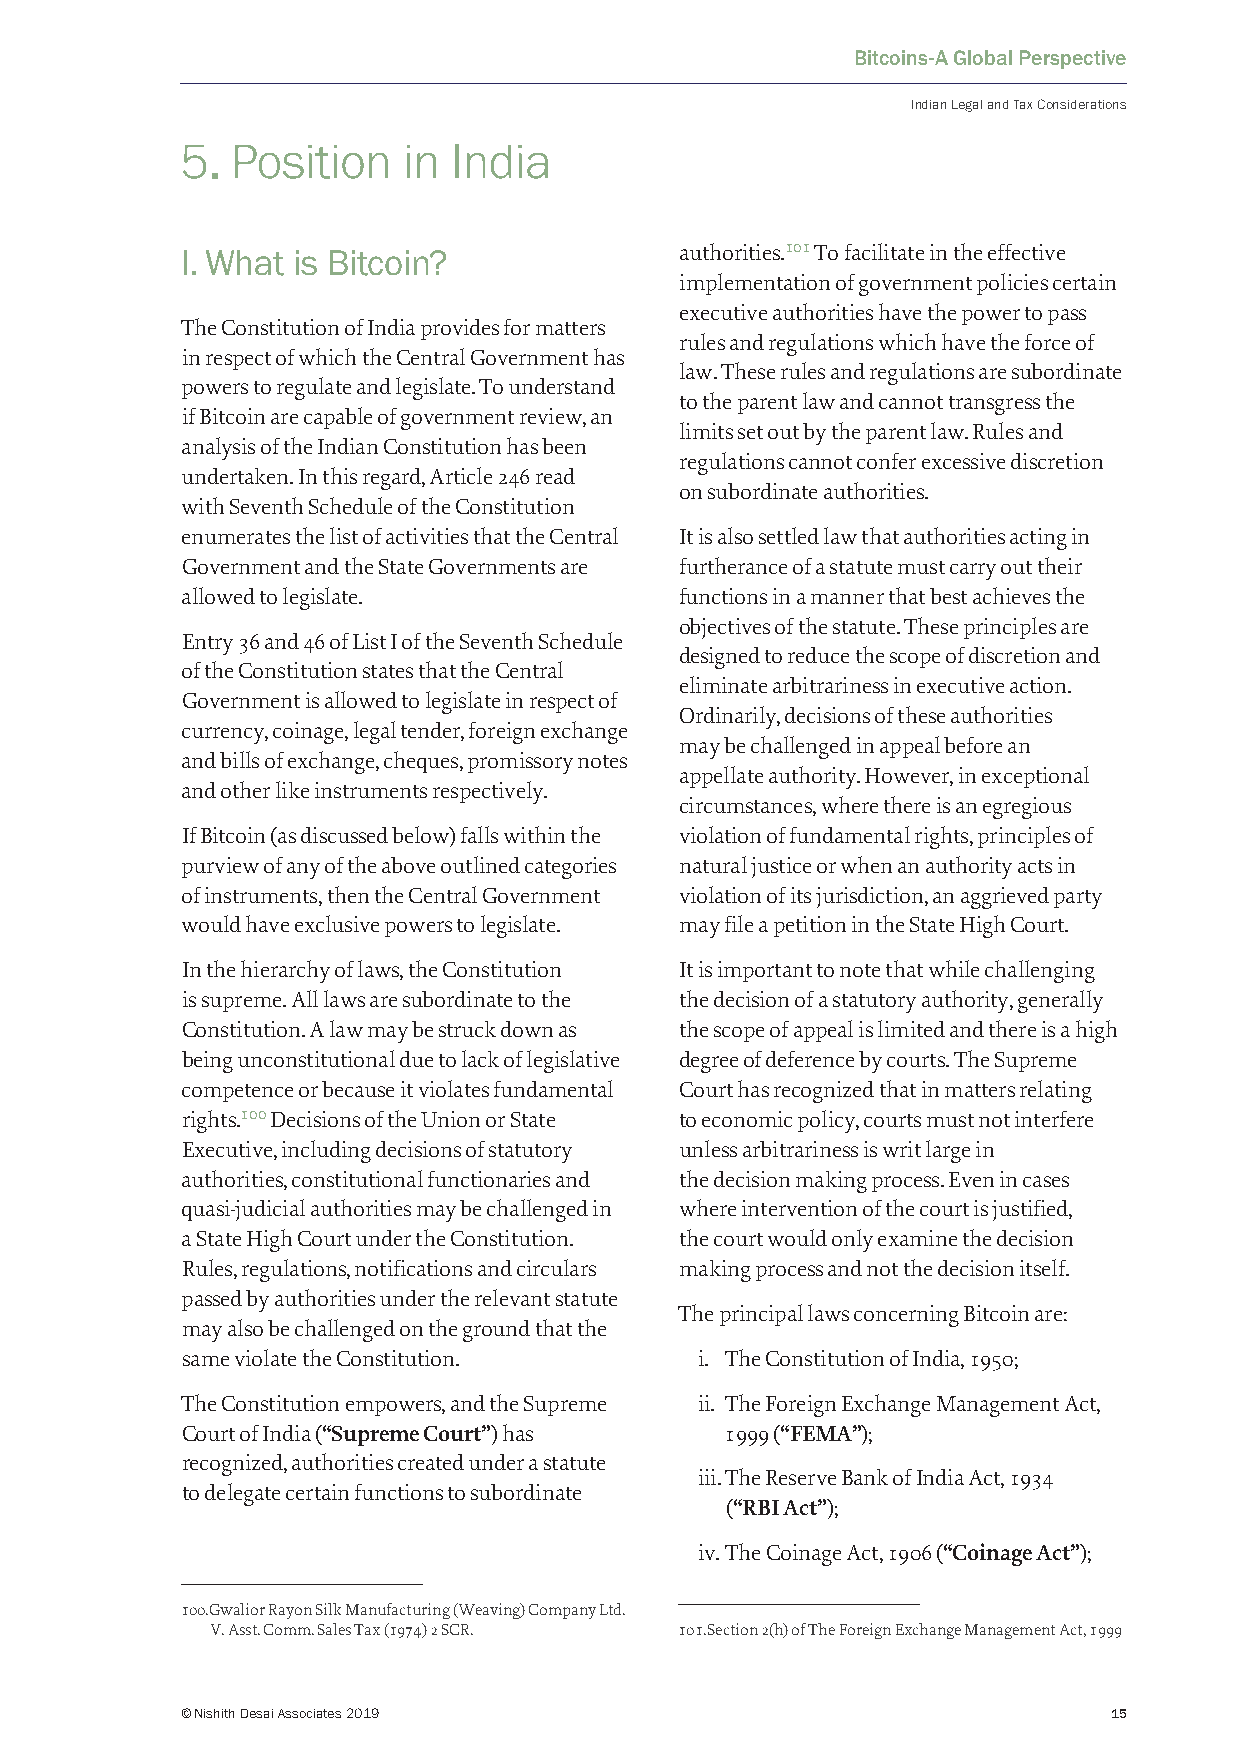
Bitcoins-A Global Perspective
 Indian Legal and Tax Considerations
 5. Position    in India
 I. What is Bitcoin?              authorities.101 To facilitate in the effective
 implementation of government policies certain
 executive authorities have the power to pass
 The Constitution of India provides for matters
 rules and regulations which have the force of
 in respect of which the Central Government has
 law. These rules and regulations are subordinate
 powers to regulate and legislate. To understand
 to the parent law and cannot transgress the
 if Bitcoin are capable of government review, an
 limits set out by the parent law. Rules and
 analysis of the Indian Constitution has been
 regulations cannot confer excessive discretion
 undertaken. In this regard, Article 246 read
 on subordinate authorities.
 with Seventh Schedule of the Constitution
 enumerates the list of activities that the Central It is also settled law that authorities acting in
 Government and the State Governments are furtherance of a statute must carry out their
 allowed to legislate.            functions in a manner that best achieves the
 objectives of the statute. These principles are
 Entry 36 and 46 of List I of the Seventh Schedule
 designed to reduce the scope of discretion and
 of the Constitution states that the Central
 eliminate arbitrariness in executive action.
 Government is allowed to legislate in respect of
 Ordinarily, decisions of these authorities
 currency, coinage, legal tender, foreign exchange
 may be challenged in appeal before an
 and bills of exchange, cheques, promissory notes
 appellate authority. However, in exceptional
 and other like instruments respectively.
 circumstances, where there is an egregious
 If Bitcoin (as discussed below) falls within the violation of fundamental rights, principles of
 purview of any of the above outlined categories natural justice or when an authority acts in
 of instruments, then the Central Government violation of its jurisdiction, an aggrieved party
 would have exclusive powers to legislate. may file a petition in the State High Court.
 In the hierarchy of laws, the Constitution It is important to note that while challenging
 is supreme. All laws are subordinate to the the decision of a statutory authority, generally
 Constitution. A law may be struck down as the scope of appeal is limited and there is a high
 being unconstitutional due to lack of legislative degree of deference by courts. The Supreme
 competence or because it violates fundamental Court has recognized that in matters relating
 rights.100 Decisions of the Union or State to economic policy, courts must not interfere
 Executive, including decisions of statutory unless arbitrariness is writ large in
 authorities, constitutional functionaries and the decision making process. Even in cases
 quasi-judicial authorities may be challenged in where intervention of the court is justified,
 a State High Court under the Constitution. the court would only examine the decision
 Rules, regulations, notifications and circulars making process and not the decision itself.
 passed by authorities under the relevant statute
 The principal laws concerning Bitcoin are:
 may also be challenged on the ground that the
 same violate the Constitution.    i. The Constitution of India, 1950;
 The Constitution empowers, and the Supreme ii. The Foreign Exchange Management Act,
 Court of India (“Supreme Court”) has 1999 (“FEMA”);
 recognized, authorities created under a statute
 iii. The Reserve Bank of India Act, 1934
 to delegate certain functions to subordinate
 (“RBI Act”);
 iv. The Coinage Act, 1906 (“Coinage Act”);
 100. Gwalior Rayon Silk Manufacturing (Weaving) Company Ltd.
 V. Asst. Comm. Sales Tax (1974) 2 SCR. 101. Section 2(h) of The Foreign Exchange Management Act, 1999
 © Nishith Desai Associates 2019                               15